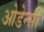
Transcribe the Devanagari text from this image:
ओडेन्सी